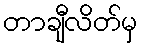
တာချီလိတ်မှ